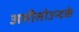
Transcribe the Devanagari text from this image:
असीसोउन्दके